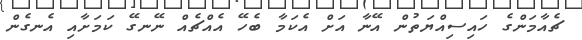
ޗެއާމަންގެ ހައިސިއްޔަތުން އޭނާ އަށް އެކަމާ ބެހޭ އެއްޗެއް ނޭނގޭ ކަމަށާއި އެނގެން